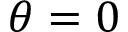
\theta = 0